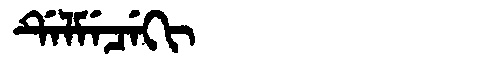
Manchu: ᡩᡝᠯᠮᡝᠴᡝᡴᡳ
Romanization: DELMECEKI